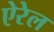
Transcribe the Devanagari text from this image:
ऐरेल